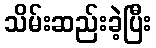
သိမ်းဆည်းခဲ့ပြီး